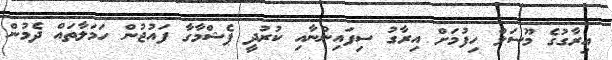
އިރާގުގެ މޫސަލް ހިފުމަށް އިރާގު ސިފައިންނާއި ކުރުދީ ޕެޝްމާގާ ފައުޖުން ހަމަލާތައް ދެމުން